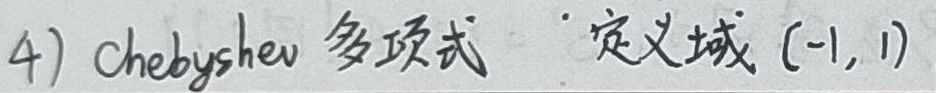
4) Chebyshev 多项式，定义域 \((-1,1)\)